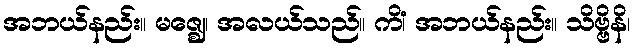
အဘယ်နည်း။ မဇ္ဈေ၊ အလယ်သည်။ ကိံ၊ အဘယ်နည်း။ သိဗ္ဗိနိ၊